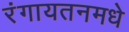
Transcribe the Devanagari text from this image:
रंगायतनमधे